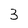
Character: 3